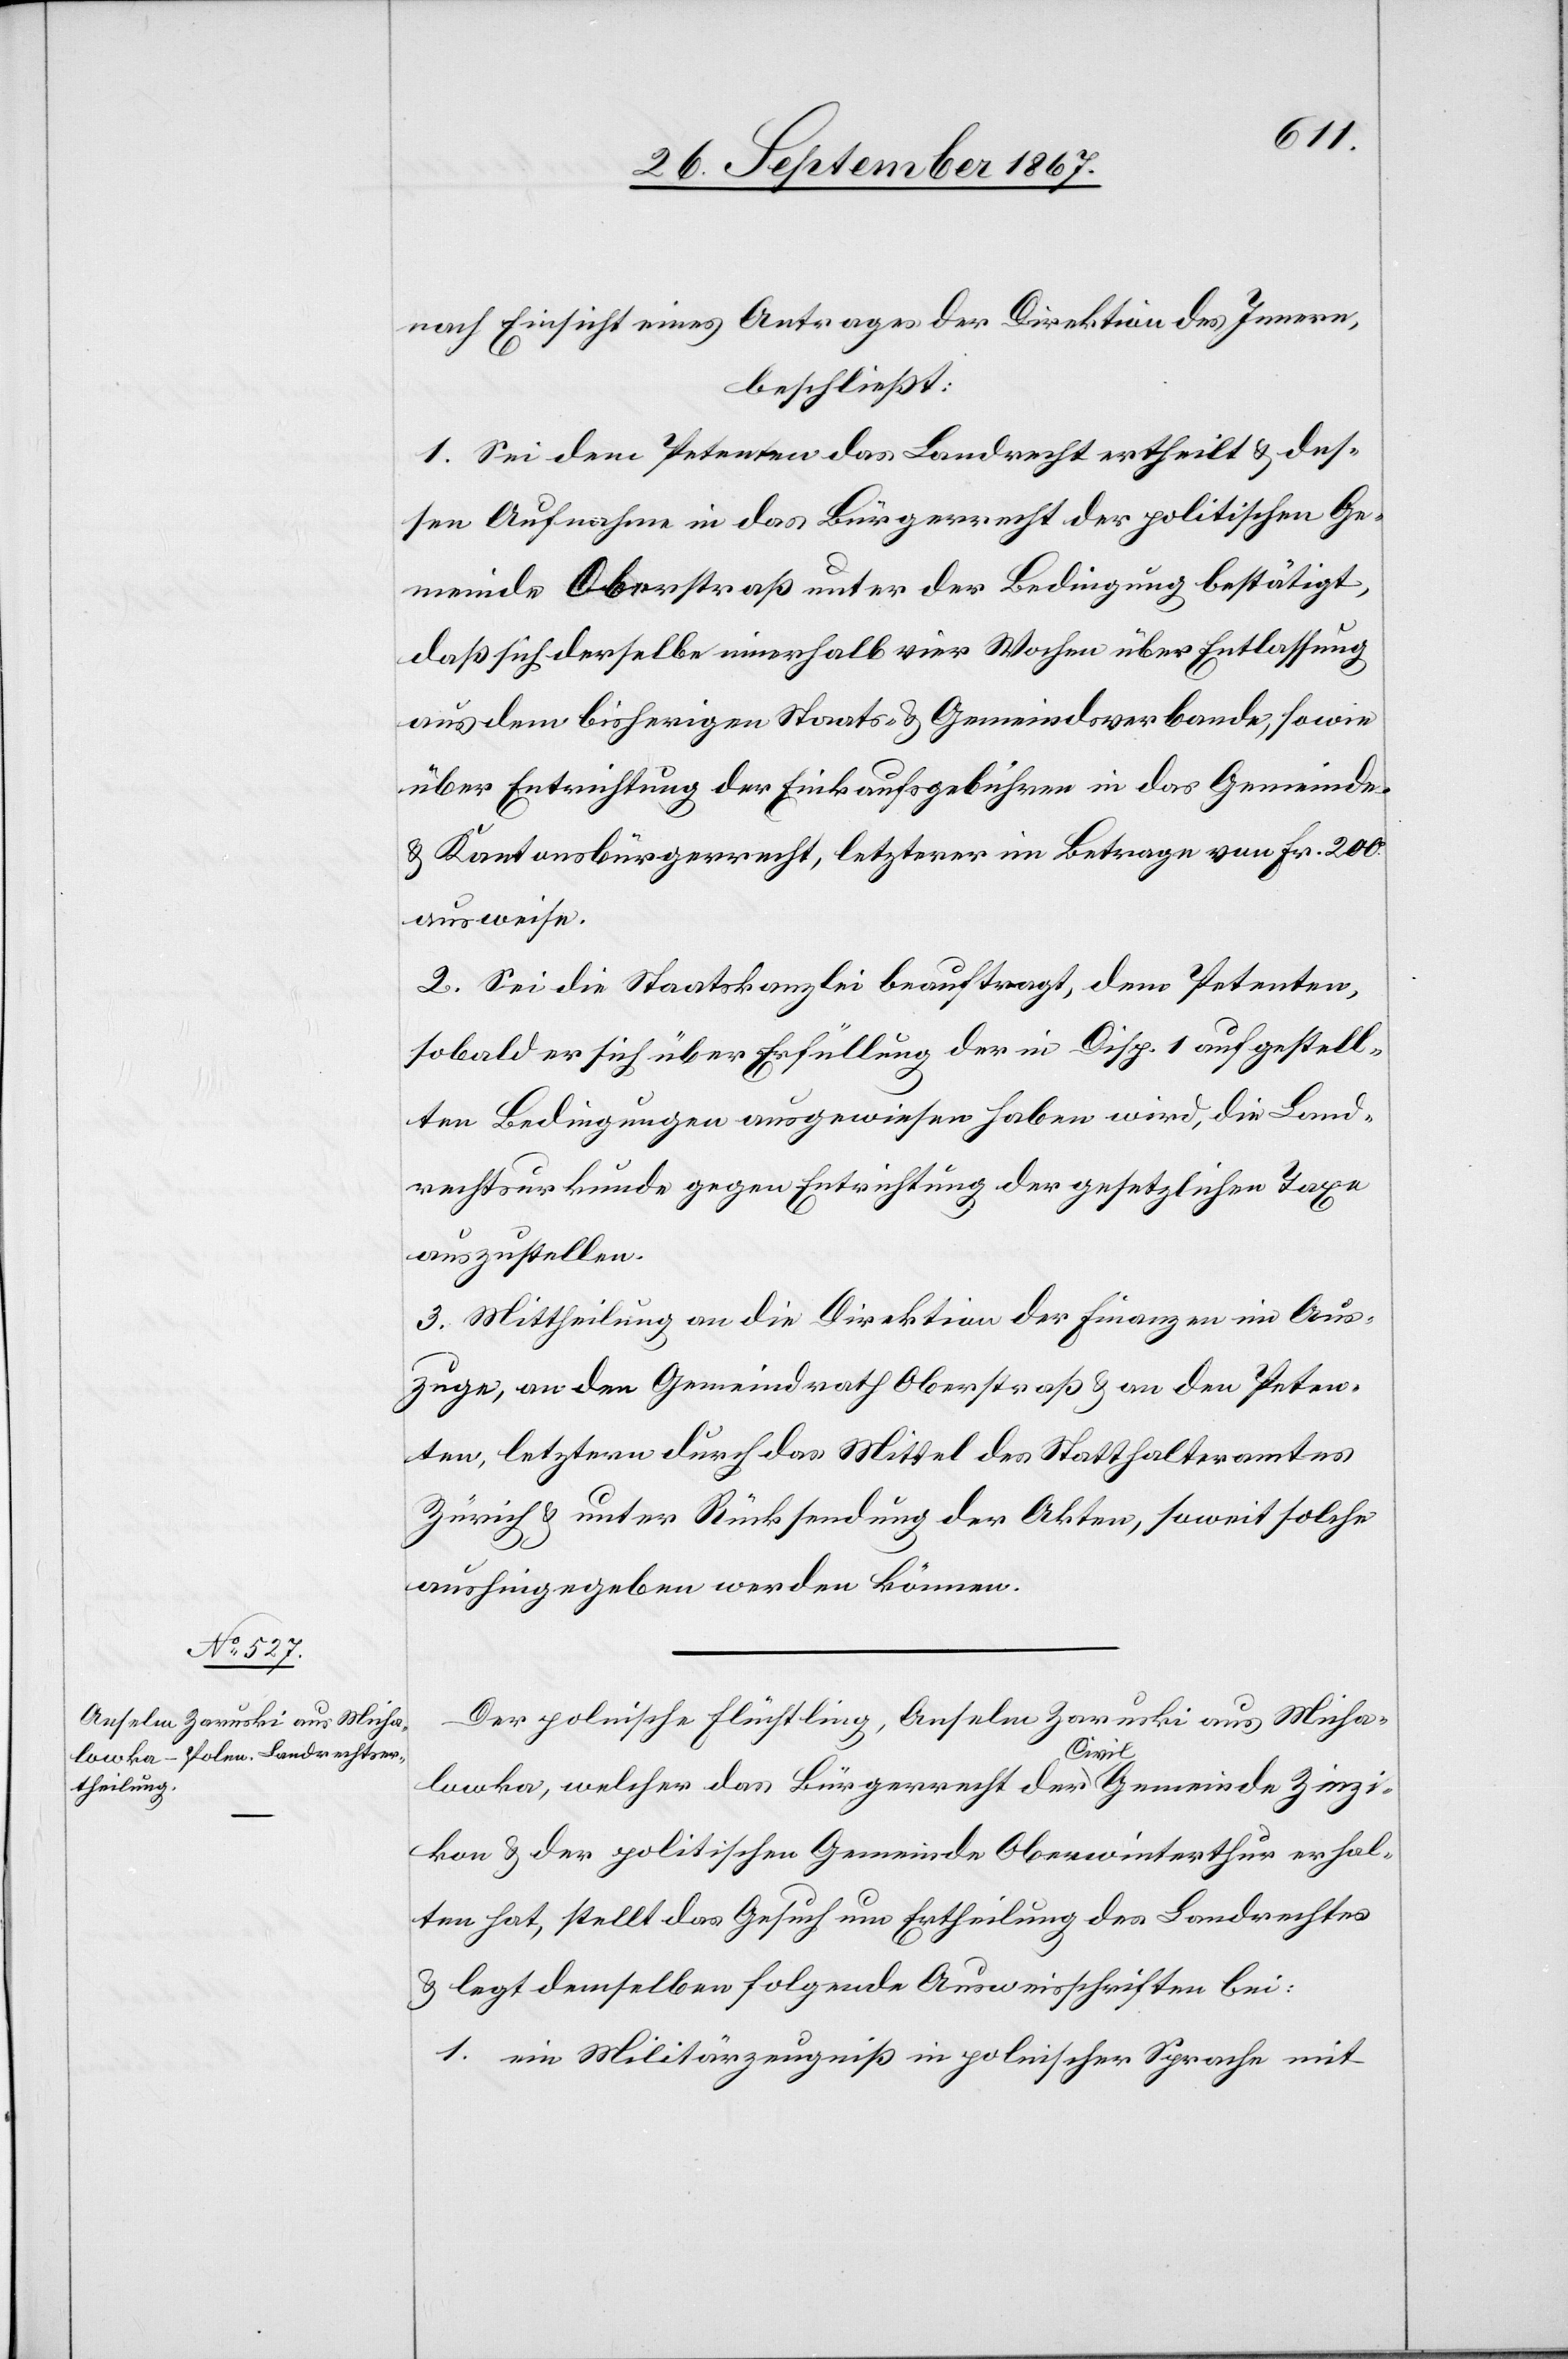
nach Einsicht eines Antrages der Direktion der öff.
beschließt:
1. Sei dem Petenten das Landrecht ertheilt u. des¬
sen Aufnahme in das Bürgerrecht der politischen Ge¬
meinde Oberstraß unter der Bedingung bestätigt,
daß sich derselbe innerhalb vier Wochen über Entlassung
aus dem bisherigen Staats- u. Gemeindsverbande, so wie
über Entrichtung der Einkaufsgebühren in das Gemeinde-
u. Kantonsbürgerrecht, letzterer im Betrage von Fr. 200
ausweise.
2. Sei die Staatskanzlei beauftragt, dem Petenten,
sobald er sich über Erfüllung der in Disp. 1 aufgestell¬
ten Bedingungen ausgewiesen haben wird, die Land¬
rechtsurkunde gegen Entrichtung der gesetzlichen Taxe
auszustellen.
3. Mittheilung an die Direktion der Finanzen im Aus¬
zuge, an den Gemeindrath Oberstraß u. an den Peten¬
ten, letztern durch das Mittel des Statthalteramtes
Zürich u. unter Rücksendung der Akten, soweit dieselben
aushingegeben werden können.
Der polnische Flüchtling, Anselm Zaruskui aus Miha¬
lowka, welcher das Bürgerrecht der Civil-Gemeinde Zinzi¬
kon u. der politischen Gemeinde Oberwinterthur erhal¬
ten hat, stellt das Gesuch um Ertheilung des Landrechtes
u. legt demselben folgende Ausweisschriften bei:
1. ein Militärzeugniß in polnischer Sprache mit